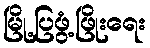
မြို့ပြဖွံ့ဖြိုးရေး